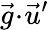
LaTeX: \vec{g}\! \cdot\! \vec{u}^{\prime}